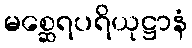
မစ္ဆေရပရိယုဋ္ဌာနံ